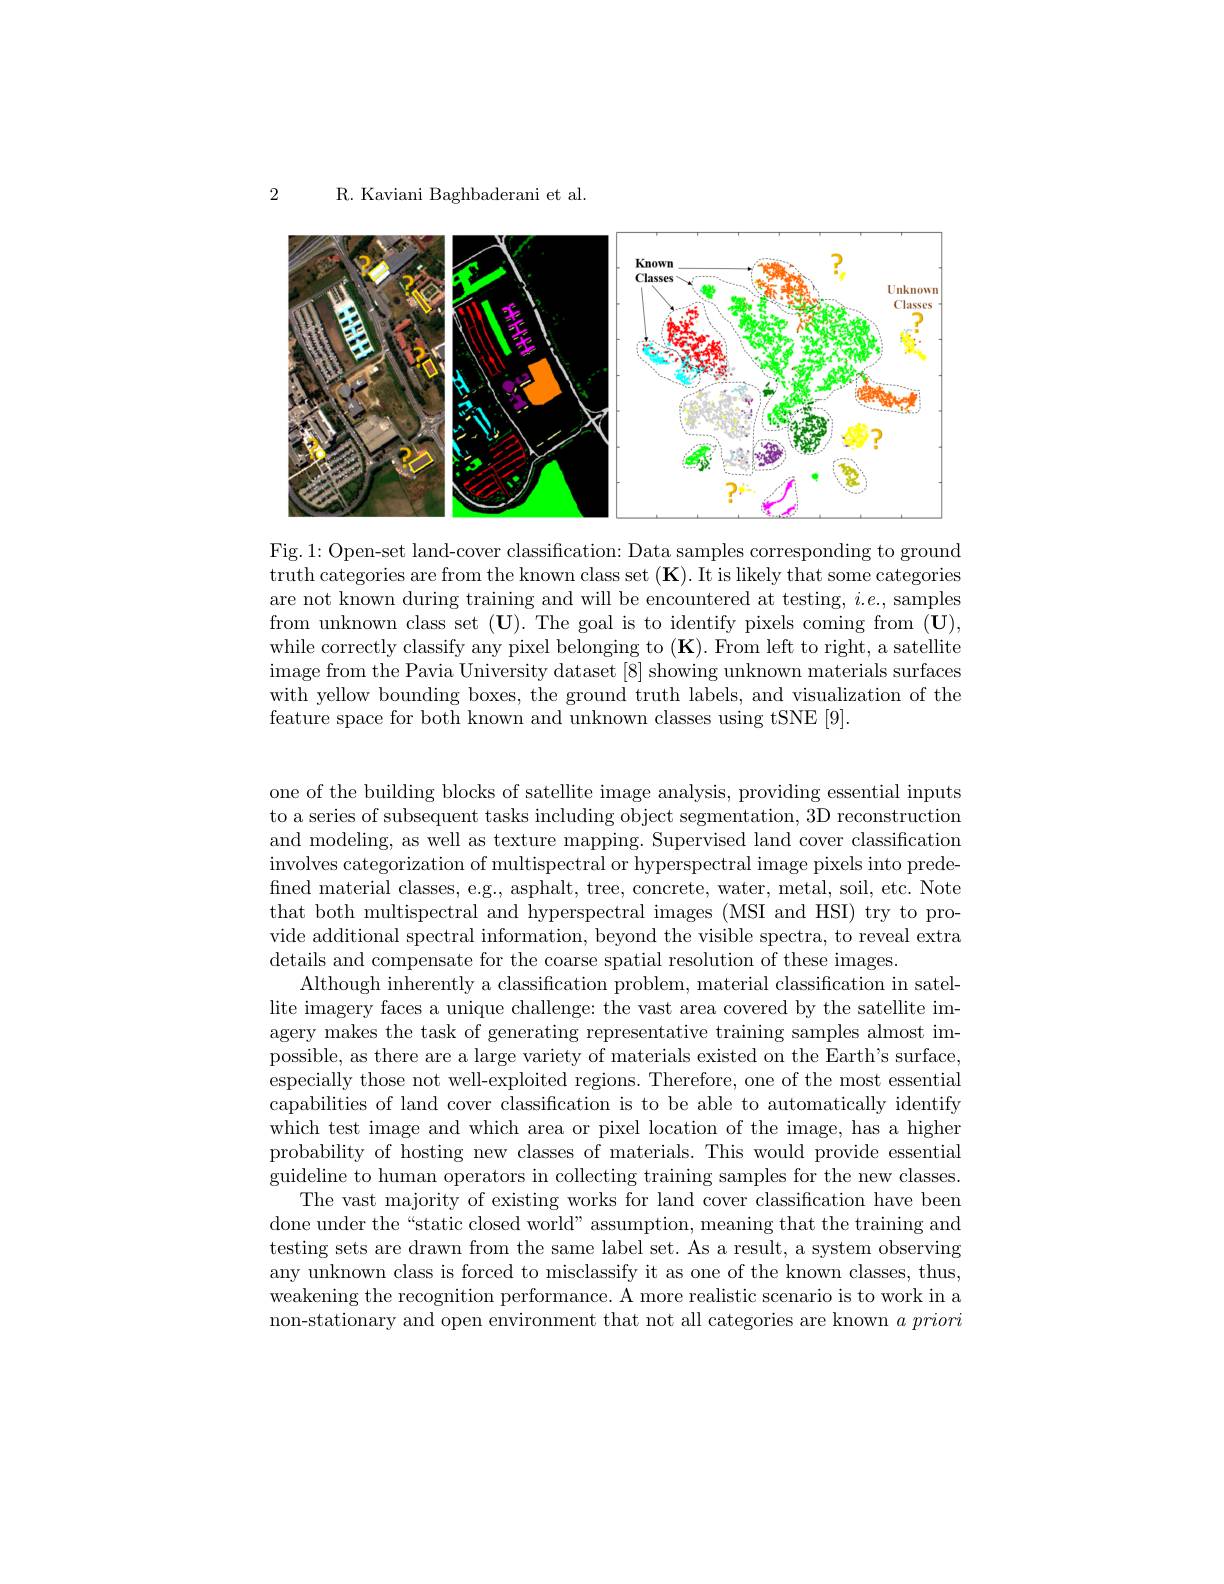
2

R. Kaviani Baghbaderani et al.

<FigureHere>

Fig.1: Open-set land-cover classification: Data samples corresponding to ground truth categories are from the known class set (K). It is likely that some categories are not known during training and will be encountered at testing, $i.e.$, samples from unknown class set $(\mathbf{U}).$ The goal is to identify pixels coming from $(\mathbf{U})$, while correctly classify any pixel belonging to $(\mathbf{K}).$ From left to right, a satellite image from the Pavia University dataset [8] showing unknown materials surfaces with yellow bounding boxes, the ground truth labels, and visualization of the feature space for both known and unknown classes using tSNE [9].

one of the building blocks of satellite image analysis, providing essential inputs to a series of subsequent tasks including object segmentation, 3D reconstruction and modeling, as well as texture mapping. Supervised land cover classification involves categorization of multispectral or hyperspectral image pixels into predefined material classes, e.g., asphalt, tree, concrete, water, metal, soil, etc. Note that both multispectral and hyperspectral images (MSI and HSI) try to provide additional spectral information, beyond the visible spectra, to reveal extra details and compensate for the coarse spatial resolution of these images.
Although inherently a classification problem, material classification in satellite imagery faces a unique challenge: the vast area covered by the satellite imagery makes the task of generating representative training samples almost impossible, as there are a large variety of materials existed on the Earth's surface, especially those not well-exploited regions. Therefore, one of the most essential capabilities of land cover classification is to be able to automatically identify which test image and which area or pixel location of the image, has a higher probability of hosting new classes of materials. This would provide essential guideline to human operators in collecting training samples for the new classes.
The vast majority of existing works for land cover classification have been done under the “static closed world” assumption, meaning that the training and testing sets are drawn from the same label set. As a result, a system observing any unknown class is forced to misclassify it as one of the known classes, thus, weakening the recognition performance. A more realistic scenario is to work in a non-stationary and open environment that not all categories are known $a\textit{ priori}$